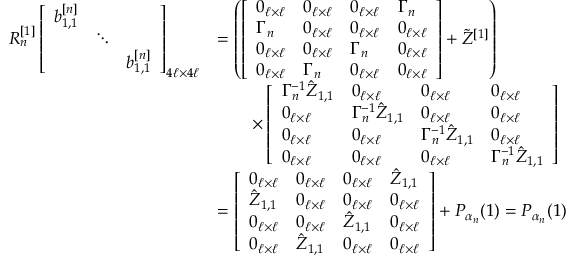
\begin{array} { r l } { R _ { n } ^ { [ 1 ] } \left[ \begin{array} { l l l } { b _ { 1 , 1 } ^ { [ n ] } } & & \\ & { \ddots } & \\ & & { b _ { 1 , 1 } ^ { [ n ] } } \end{array} \right] _ { 4 \ell \times 4 \ell } } & { = \left( \left[ \begin{array} { l l l l } { 0 _ { \ell \times \ell } } & { 0 _ { \ell \times \ell } } & { 0 _ { \ell \times \ell } } & { \Gamma _ { n } } \\ { \Gamma _ { n } } & { 0 _ { \ell \times \ell } } & { 0 _ { \ell \times \ell } } & { 0 _ { \ell \times \ell } } \\ { 0 _ { \ell \times \ell } } & { 0 _ { \ell \times \ell } } & { \Gamma _ { n } } & { 0 _ { \ell \times \ell } } \\ { 0 _ { \ell \times \ell } } & { \Gamma _ { n } } & { 0 _ { \ell \times \ell } } & { 0 _ { \ell \times \ell } } \end{array} \right] + \Tilde { Z } ^ { [ 1 ] } \right) } \\ & { \qquad \times \left[ \begin{array} { l l l l } { \Gamma _ { n } ^ { - 1 } \hat { Z } _ { 1 , 1 } } & { 0 _ { \ell \times \ell } } & { 0 _ { \ell \times \ell } } & { 0 _ { \ell \times \ell } } \\ { 0 _ { \ell \times \ell } } & { \Gamma _ { n } ^ { - 1 } \hat { Z } _ { 1 , 1 } } & { 0 _ { \ell \times \ell } } & { 0 _ { \ell \times \ell } } \\ { 0 _ { \ell \times \ell } } & { 0 _ { \ell \times \ell } } & { \Gamma _ { n } ^ { - 1 } \hat { Z } _ { 1 , 1 } } & { 0 _ { \ell \times \ell } } \\ { 0 _ { \ell \times \ell } } & { 0 _ { \ell \times \ell } } & { 0 _ { \ell \times \ell } } & { \Gamma _ { n } ^ { - 1 } \hat { Z } _ { 1 , 1 } } \end{array} \right] } \\ & { = \left[ \begin{array} { l l l l } { 0 _ { \ell \times \ell } } & { 0 _ { \ell \times \ell } } & { 0 _ { \ell \times \ell } } & { \hat { Z } _ { 1 , 1 } } \\ { \hat { Z } _ { 1 , 1 } } & { 0 _ { \ell \times \ell } } & { 0 _ { \ell \times \ell } } & { 0 _ { \ell \times \ell } } \\ { 0 _ { \ell \times \ell } } & { 0 _ { \ell \times \ell } } & { \hat { Z } _ { 1 , 1 } } & { 0 _ { \ell \times \ell } } \\ { 0 _ { \ell \times \ell } } & { \hat { Z } _ { 1 , 1 } } & { 0 _ { \ell \times \ell } } & { 0 _ { \ell \times \ell } } \end{array} \right] + P _ { \alpha _ { n } } ( 1 ) = P _ { \alpha _ { n } } ( 1 ) } \end{array}